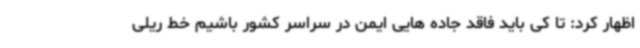
اظهار کرد: تا کی باید فاقد جاده هایی ایمن در سراسر کشور باشیم خط ریلی